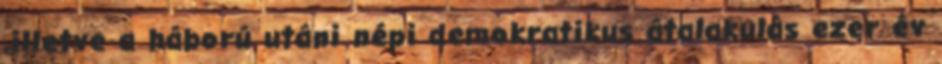
,illetve a háború utáni népi demokratikus átalakulás ezer év